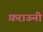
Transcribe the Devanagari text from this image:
फ़राऊनी